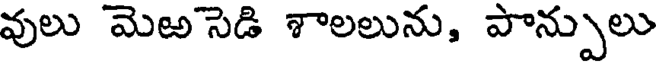
వులు మెఱసెడి శాలలును, పాన్పులు